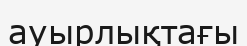
ауырлықтағы